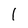
Character: 1